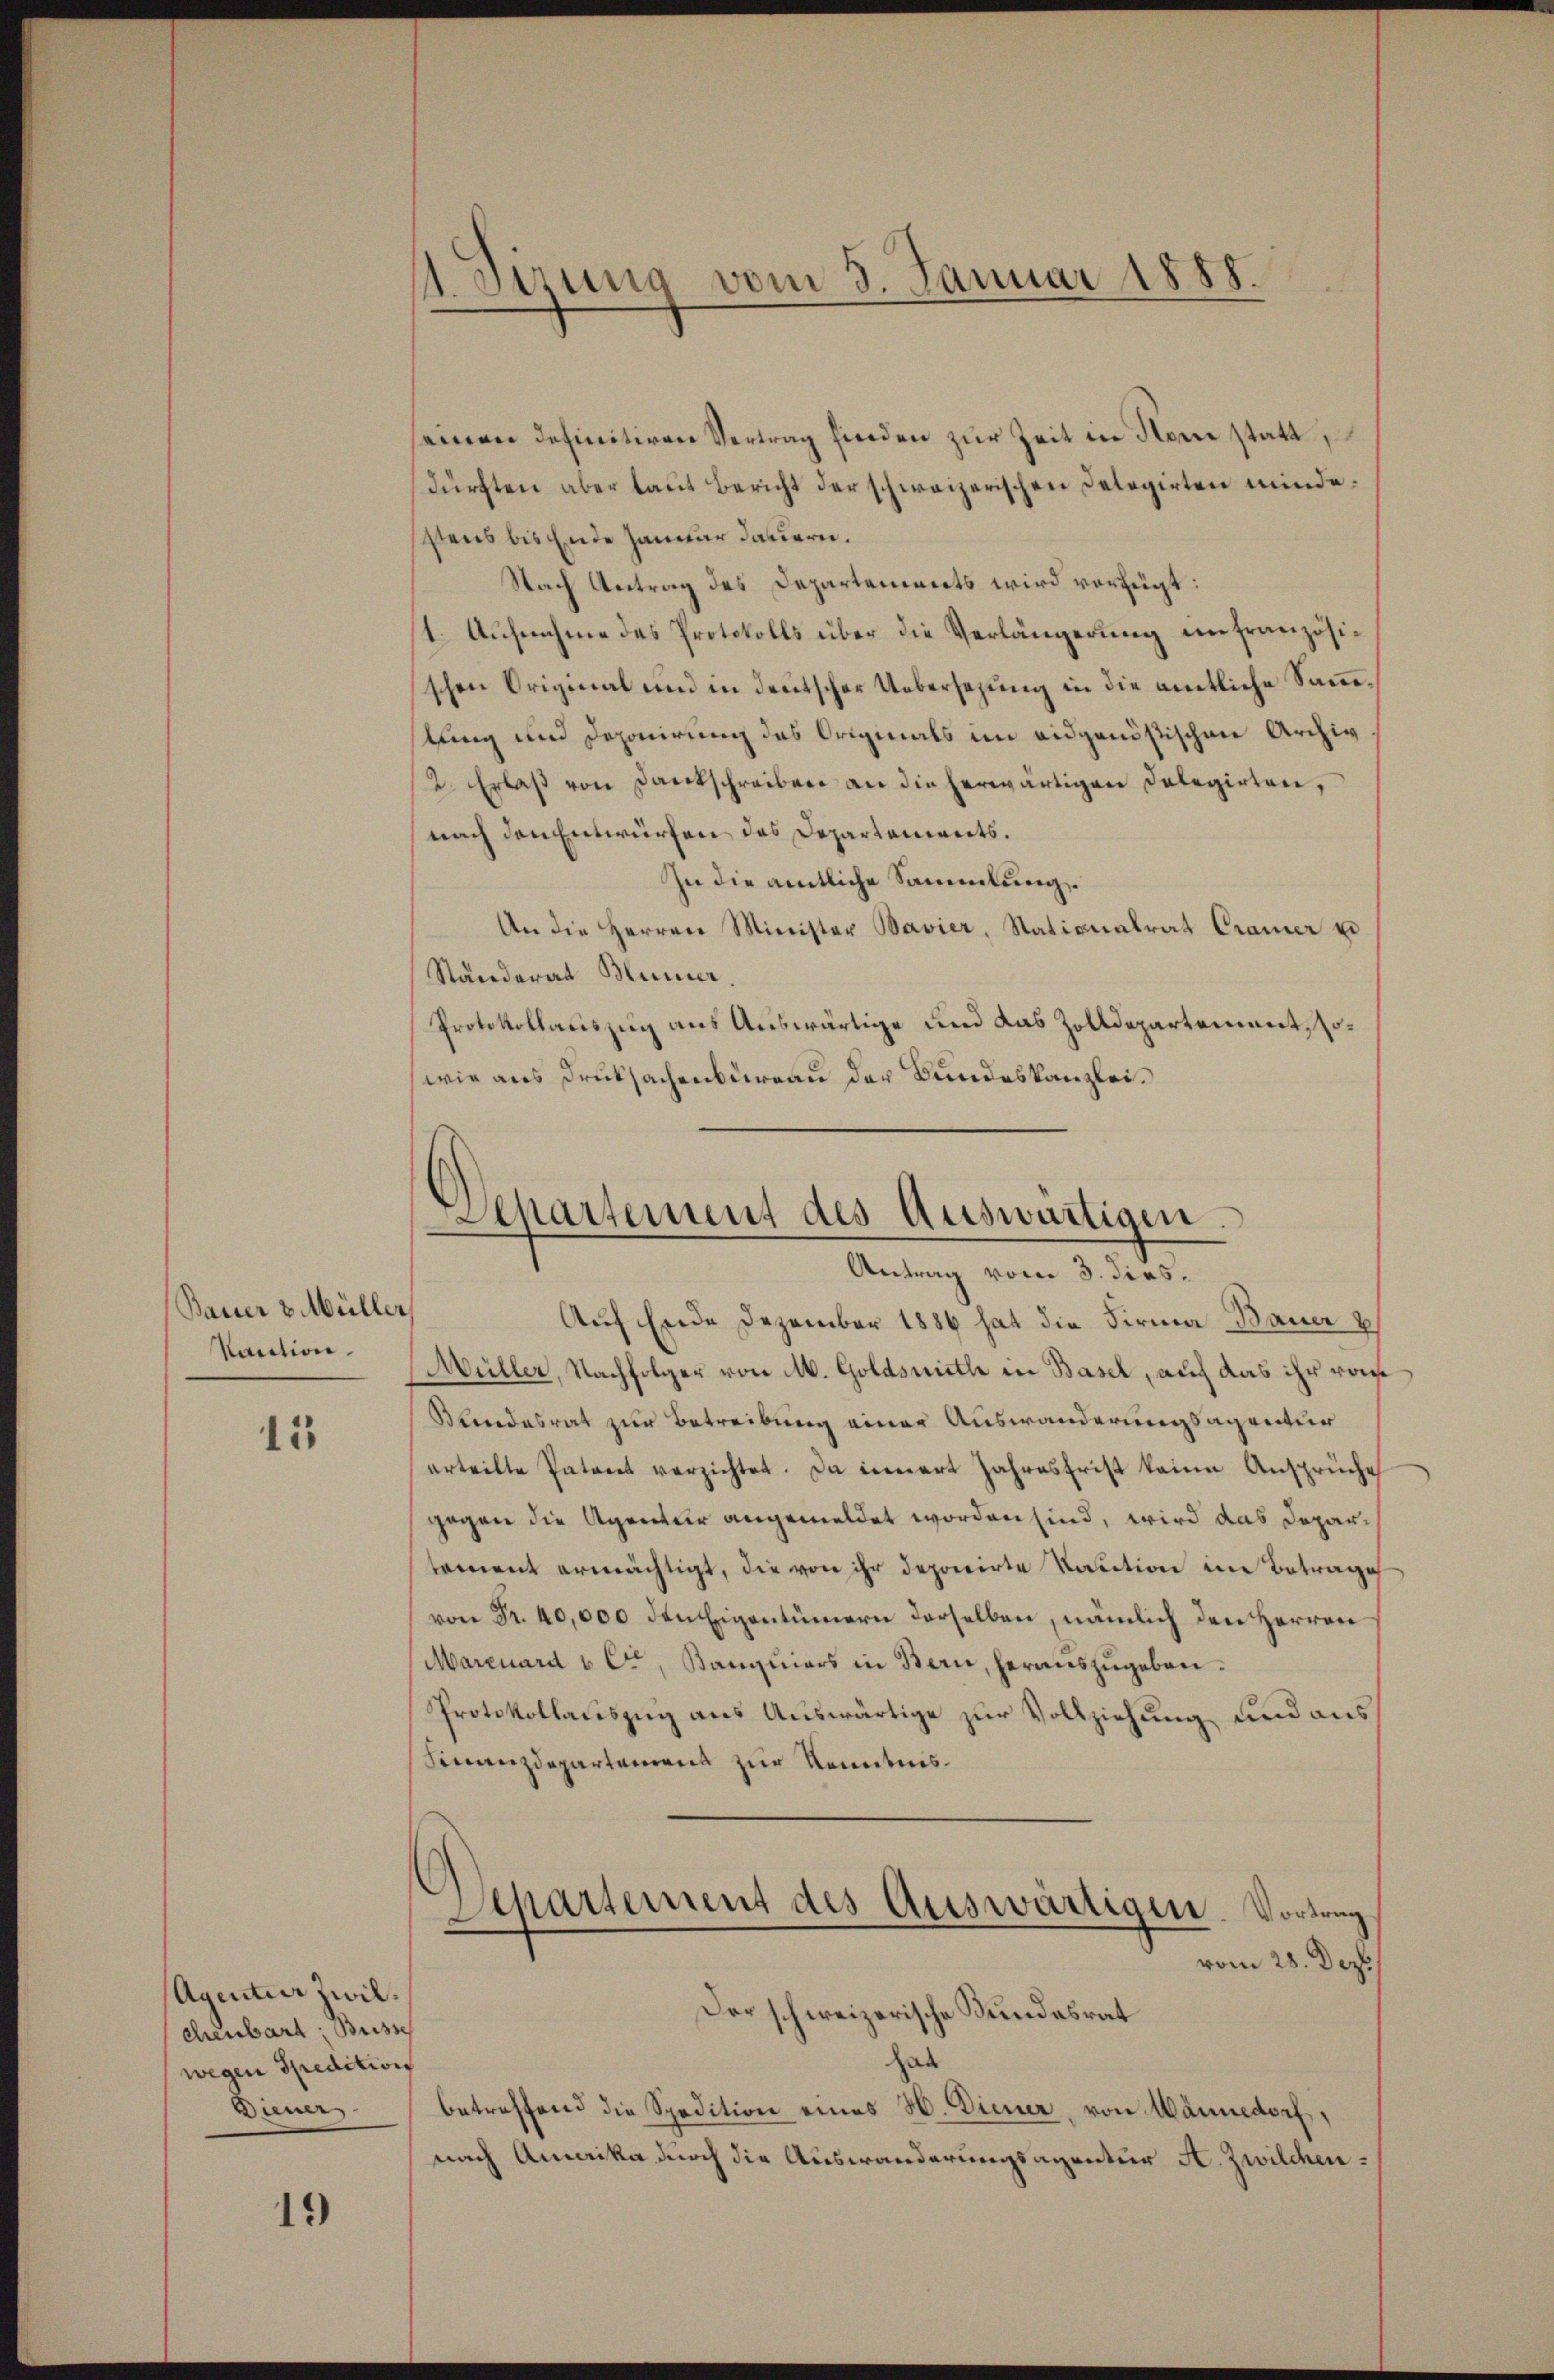
Bauer v Müller
Kaution

15

Agentier Zwilchenbart Busse
wegen Spedition
Diener

19

seinen definitiven Vertrag finden zur Zeit in Rom statt,
dürften aber laut Bericht der schweizerischen Delegirten mindestens bis Ende Januar dauern.
Nach Antrag des Departements wird verfügt:
(1. Aufnahme des Protokolls über die Verlängerung ein französischen Original und in deutscher Uebersezung in die amtliche Sane.
lung und Deponirung des Originals im eidgenößischen Archiv
2. Erlaβ von Kantschreiben an die herwärtigen Delegirten,
nach den Entwürfen des Departements.
In die amtliche Sammlung.
An die Herren Minister Bavier, Stationalrat Cramer u
Ständerat Blümer.
Protokollaciszug aus Auswärtige und das Zolldepartement, sowie aus Druksachenbureau der Bundeskanzlei.

irung vom 5. Januar 1888.
.

Departement des Auswärtigen
Antrag vom 3. dies¬

Auf Ende Dezember 1886 hat die Firma Bauer b
Müller, Nachfolger von M. Goldsmiethe in Basel, auch das ihr vom
Blindesrat zur Betreibung einer Auswanderungsagentur
erteilte Patent verzichtet. Da innert Jahresfrist keine Ansprüche
gegen die Agentur angemeldet worden sind, wird das Departement ermächtigt, die von ihr deponirte Kaution in Betrage
von Fr. 40,000 den Eigentümern derselben, nämlich den Herren
(Marcuard & Cie, Banquiers in Bern, heraŭszŭgeben¬
Protokollauszug aus Auswärtige zur Vollziehung und aus
Finanzdepartamens zur Kenntnis¬
.
Separtement des Auswärtigen. Vortrag
vom 28. Dez.
Der schweizerische Bundesrat
hab
betreffend die Spedition eines H. Diener, von Wännedorf,
nach Amerika durch die Auswanderungsagentur A. Zwilchen¬